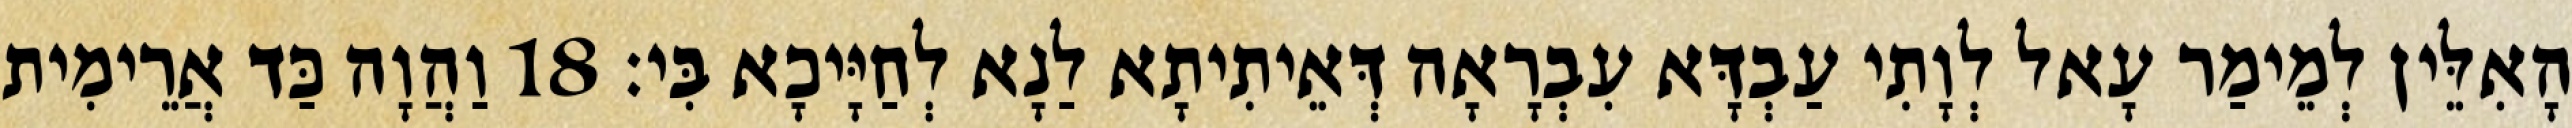
הָאִלֵּין לְמֵימַר עָאל לְוָתִי עַבְדָּא עִבְרָאָה דְּאֵיתִיתָא לַנָא לְחַיָּיכָא בִּי׃ 18 וַהֲוָה כַּד אֲרֵימִית